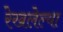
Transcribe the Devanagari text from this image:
रेखलेल्या